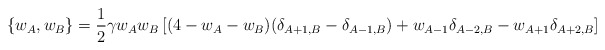
\begin{align*}\left \{w_{A}, w_{B} \right \} = \frac{1}{2} \gamma w_{A}w_{B} \left [ (4 -w_{A} - w_{B})(\delta_{A+1,B} - \delta_{A-1,B}) + w_{A-1}\delta_{A-2,B}-w_{A+1}\delta_{A+2,B} \right ]\end{align*}